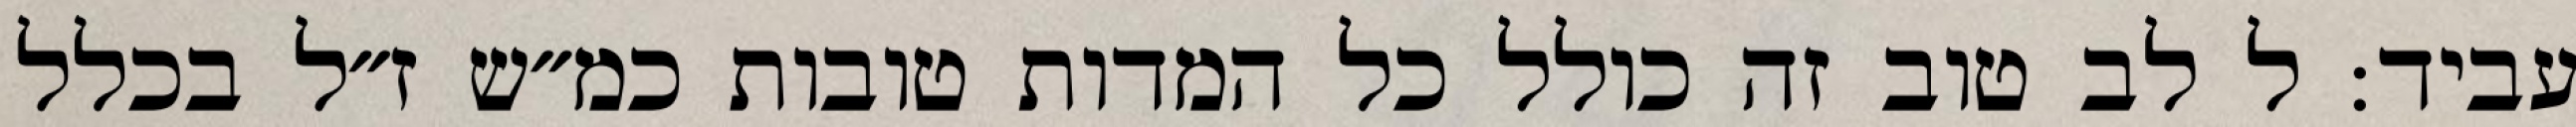
עביד: ל לב טוב זה כולל כל המדות טובות כמ״ש ז״ל בכלל